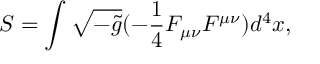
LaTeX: { \cal S } = \int \sqrt { - \tilde { g } } ( - \frac { 1 } { 4 } F _ { \mu \nu } F ^ { \mu \nu } ) d ^ { 4 } x ,